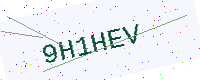
Text: 9H1HEV